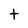
Character: t